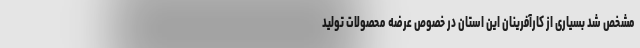
مشخص شد بسیاری از کارآفرینان این استان در خصوص عرضه محصولات تولید